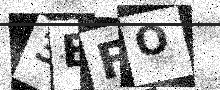
Text: 3EFO